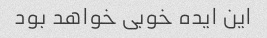
این ایده خوبی خواهد بود